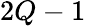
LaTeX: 2Q-1